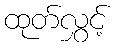
ထုတ်လွှင့်